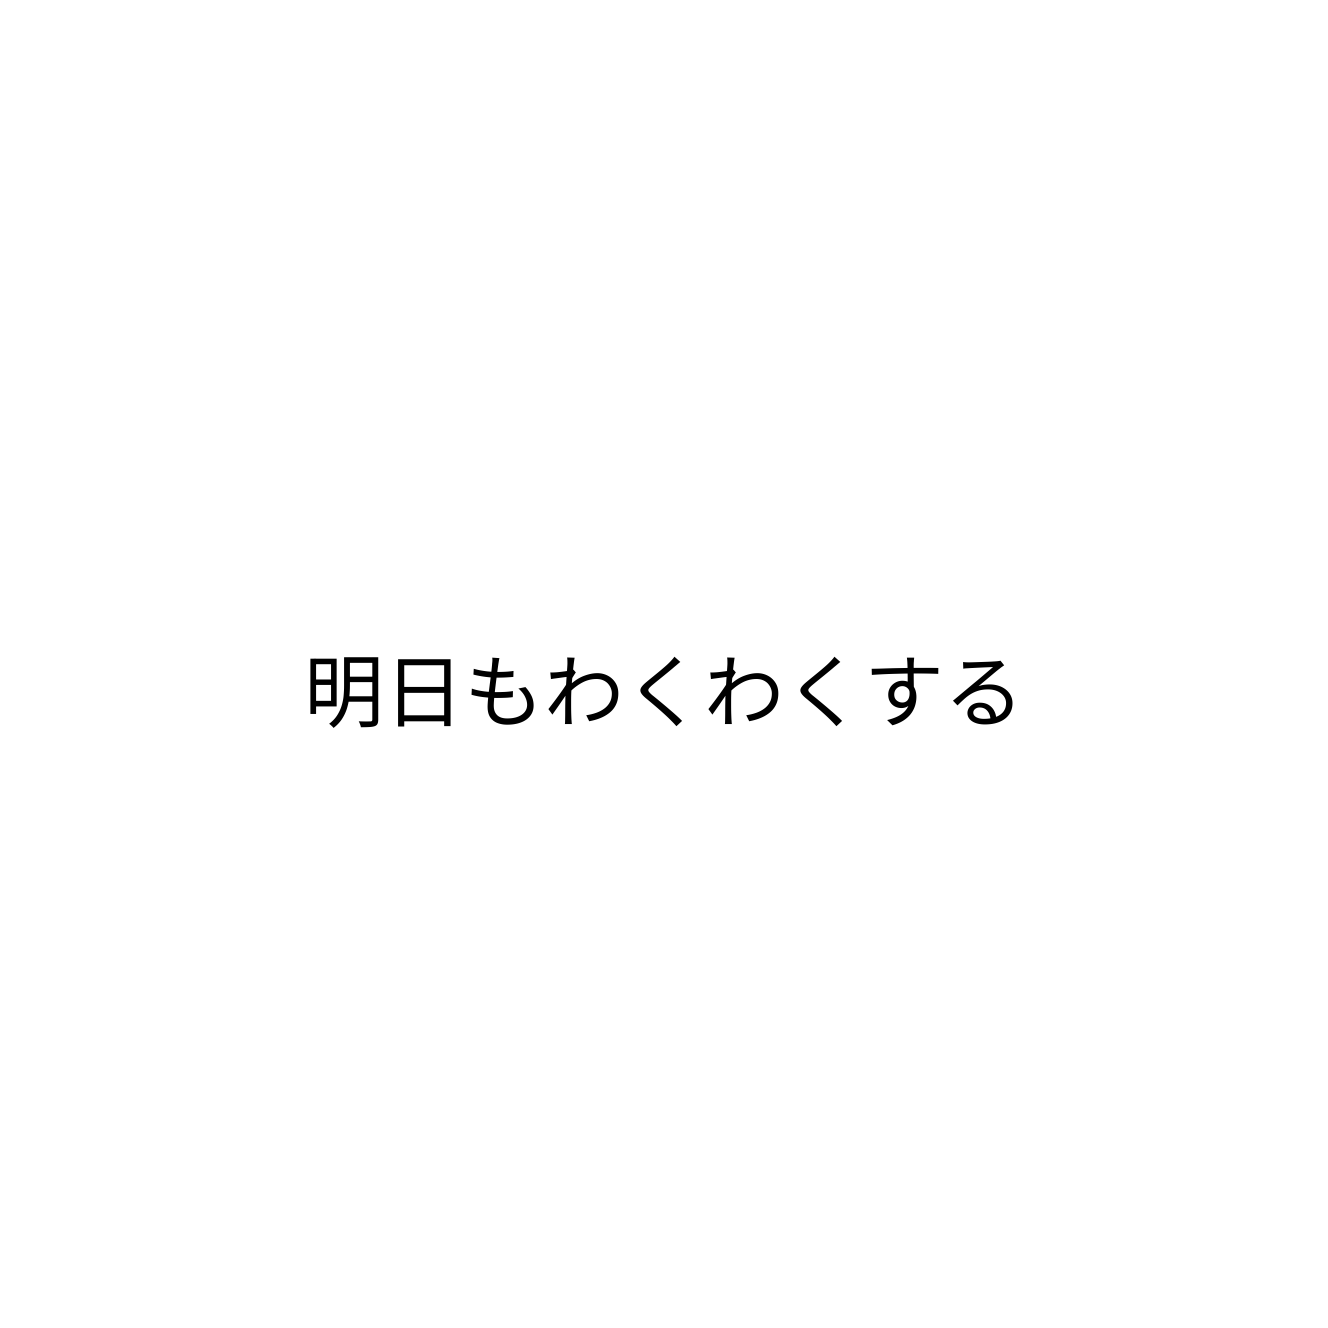
明日もわくわくする